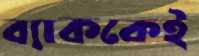
ব্যাককেই